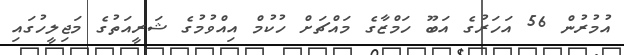
އުމުރުން 56 އަހަރުގެ އަބޫ ހަމްޒާގެ މައްޗަށް ހުކުމް އިއްވުމުގެ ޝަރީއަތުގެ މަޖިލީހުގައި